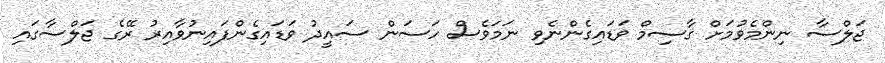
ޖަލްސާ ނިންމެވުމަށް ޤާސިމް ވަޑައިގެންނެވި ނަމަވެސް ހަސަން ސައީދު ވަޑައިގެންފައިނުވާއިރު ރޭގެ ޖަލްސާގައި